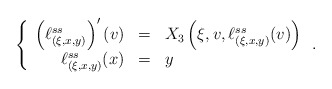
\begin{align*}\left\{\begin{array}{rcl}\left( \ell ^{ss} _{(\xi,x,y)} \right) ' (v)& = &X _3 \left( \xi , v , \ell ^{ss} _{(\xi,x,y)} (v) \right) \\ \ell ^{ss} _{(\xi,x,y)} (x) & = & y \end{array} \right. .\end{align*}